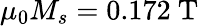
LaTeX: \mu_{0}M_{s}=0.172~\mathrm{T}